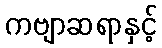
ကဗျာဆရာနှင့်